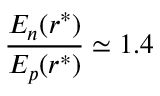
\frac { E _ { n } ( r ^ { * } ) } { E _ { p } ( r ^ { * } ) } \simeq 1 . 4